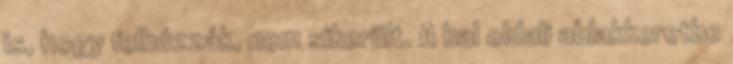
is, hogy felhúzzák, nem sikerült. A bal oldali ablakkeretbe